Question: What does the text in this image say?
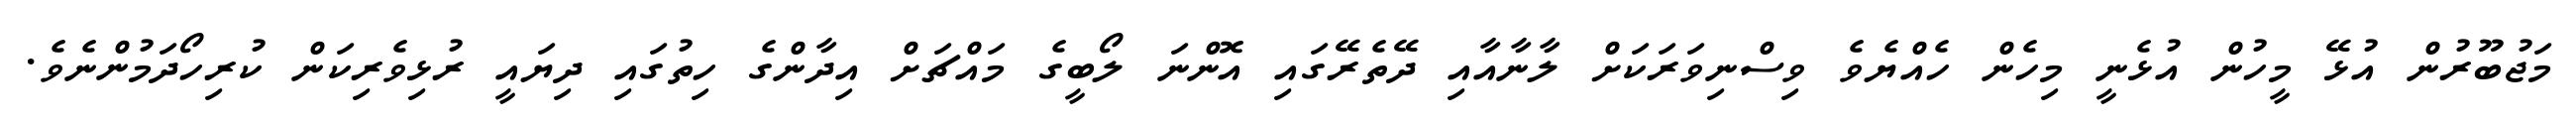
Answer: މަޖުބޫރުން އުޅޭ މީހުން އުޅެނީ މިހެން ހެއްޔެވެ ވިސްނިވަރަކަށް ލާނާއާއި ދޭތެރޭގައި އޮންނަ ލޯބީގެ މައްޗަށް އިދާންގެ ހިތުގައި ދިޔައީ ރުޅިވެރިކަން ކުރިހޯދަމުންނެވެ.